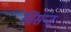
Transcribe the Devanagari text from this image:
विंसन्ट